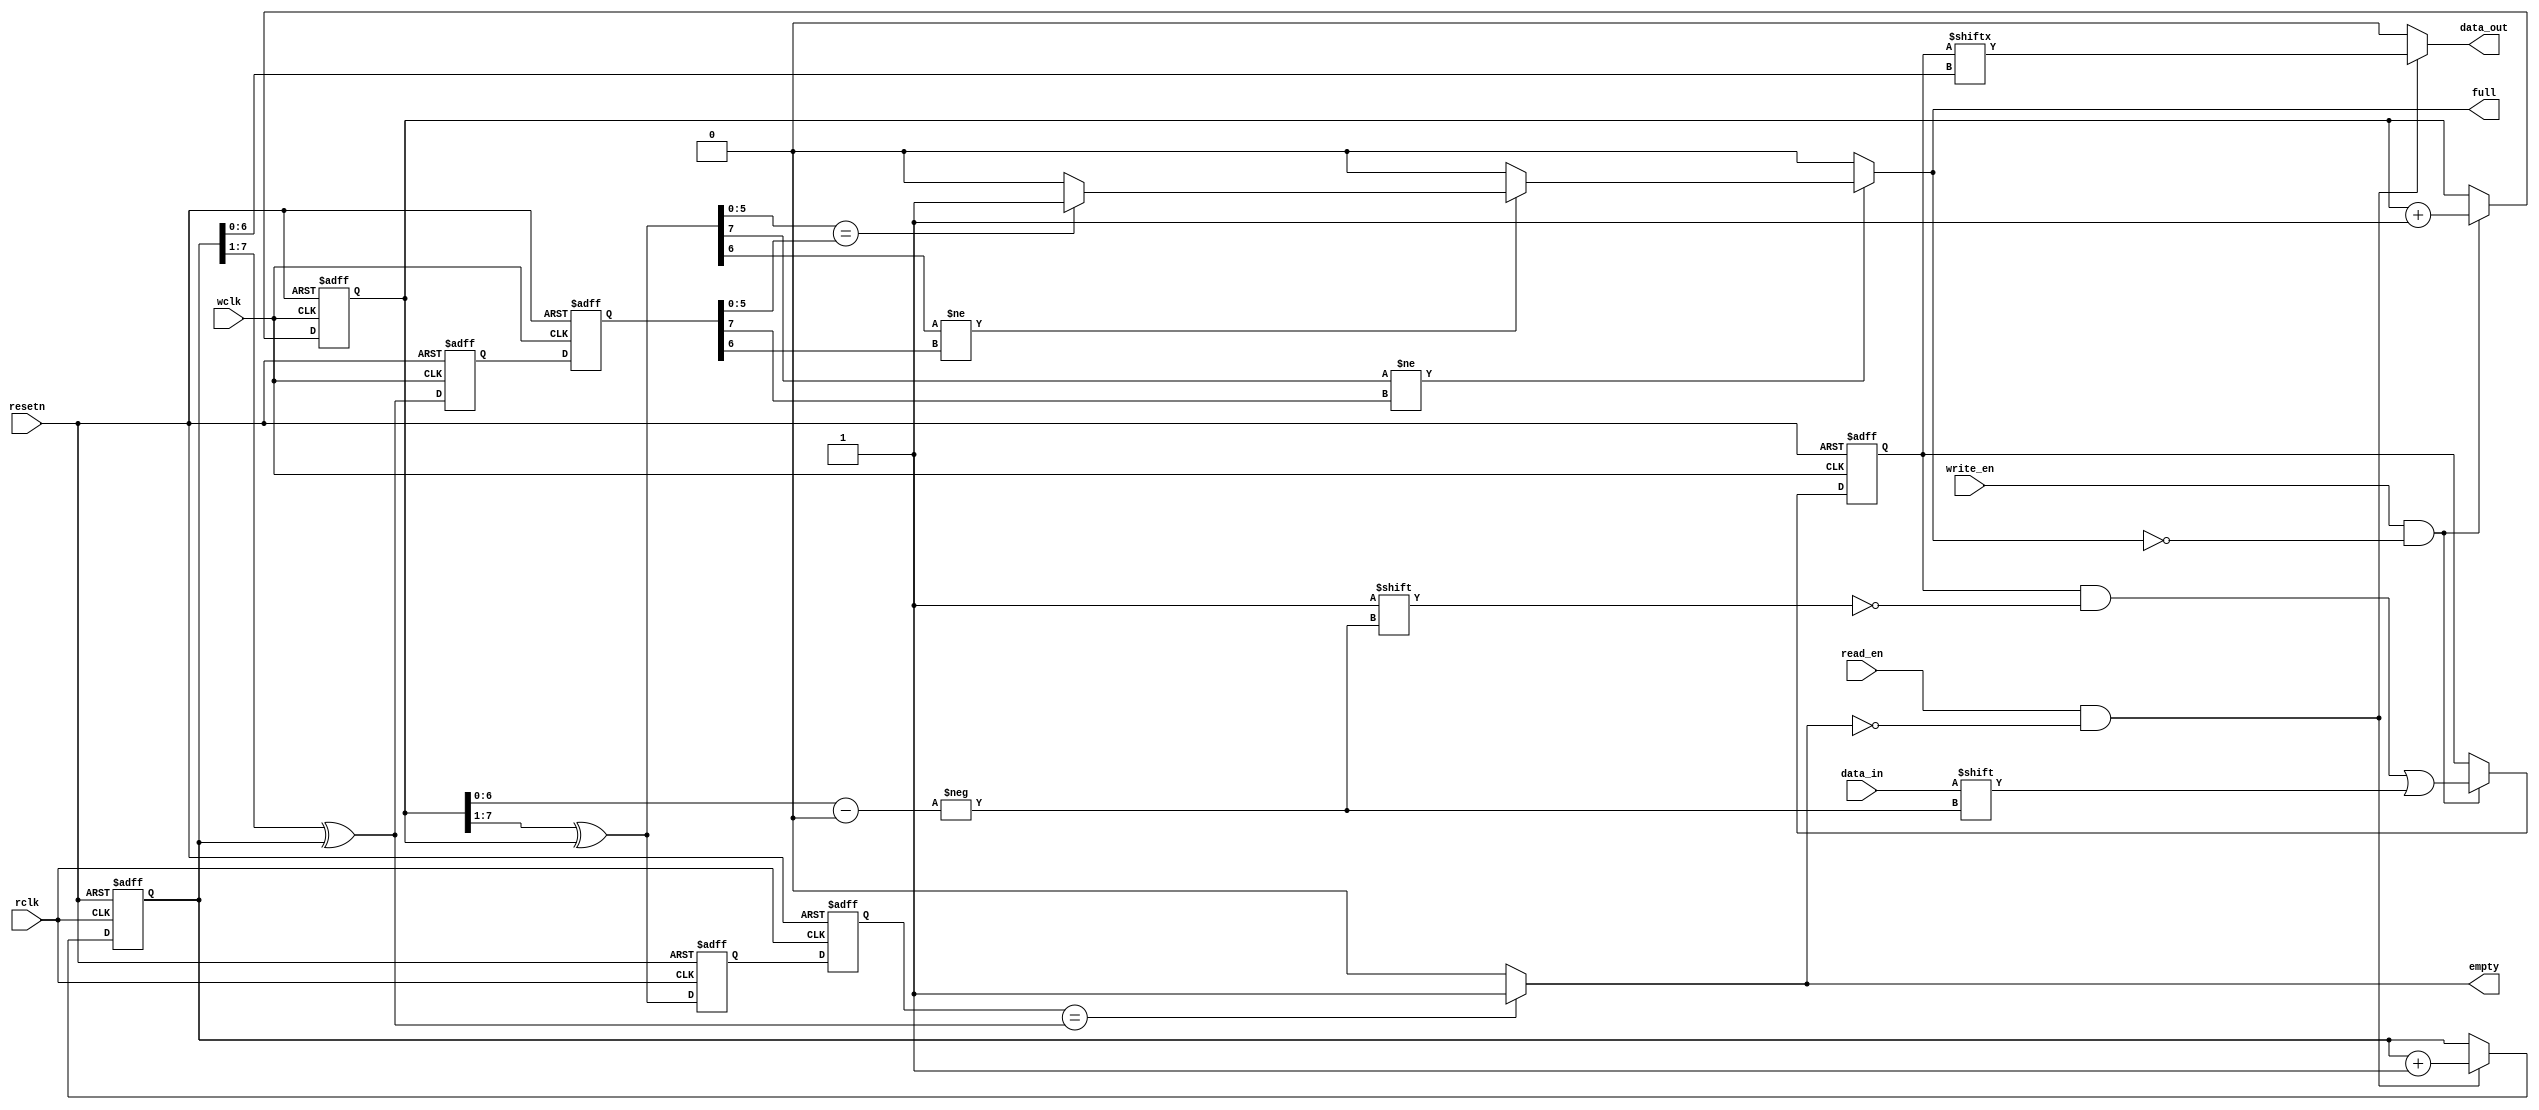
module write_fifo(
    input                   	wclk,
    input                   	rclk,
    input                   	resetn,
    input       		      	data_in,
    input                   	write_en,
    input                   	read_en,
    output      		      	data_out,
    output                  	full,
    output                  	empty
);
    reg     	[127:0]        	ram;
    reg     	[7:0]        	write_addr_wclk;
    reg     	[7:0]        	read_addr_rclk;

    wire    	[7:0]        	write_addr_gray_wclk;
    reg     	[7:0]        	write_addr_gray_rclk0;
    reg     	[7:0]        	write_addr_gray_rclk1;

    wire    	[7:0]        	read_addr_gray_rclk;
    reg     	[7:0]        	read_addr_gray_wclk0;
    reg     	[7:0]        	read_addr_gray_wclk1;

    always@(posedge wclk or negedge resetn)//write addr wclk operation
        if(!resetn)
            write_addr_wclk <= 8'b0;
        else if(write_en == 1'b1 && full != 1'b1)
            write_addr_wclk <= write_addr_wclk + 1'b1;
        else
            write_addr_wclk <= write_addr_wclk;
    
    always@(posedge rclk or negedge resetn)//read addr read operation
        if(!resetn)
            read_addr_rclk <= 8'b0;
        else if(read_en == 1'b1 && empty != 1'b1)
            read_addr_rclk <= read_addr_rclk + 1'b1;
        else
            read_addr_rclk <= read_addr_rclk;
    
    always@(posedge wclk or negedge resetn)//sync
        if(!resetn)begin
            read_addr_gray_wclk0 <= 8'b0;
            read_addr_gray_wclk1 <= 8'b0;
        end
        else begin
            read_addr_gray_wclk0 <= read_addr_gray_rclk;
            read_addr_gray_wclk1 <= read_addr_gray_wclk0;
        end
    
    always@(posedge rclk or negedge resetn)//sync
        if(!resetn)begin
            write_addr_gray_rclk0 <= 8'b0;
            write_addr_gray_rclk1 <= 8'b0;
        end
        else begin
            write_addr_gray_rclk0 <= write_addr_gray_wclk;
            write_addr_gray_rclk1 <= write_addr_gray_rclk0;
        end

    always@(posedge wclk or negedge resetn)//data out
		if(!resetn)
			ram <= 128'b0;
        else if(full == 1'b0 && write_en == 1'b1)
            ram[write_addr_wclk[6:0]] <= data_in;


    assign full = (write_addr_gray_wclk[7] != read_addr_gray_wclk1[7])?
                  (write_addr_gray_wclk[6] != read_addr_gray_wclk1[6])?
                  (write_addr_gray_wclk[5:0] == read_addr_gray_wclk1[5:0])?1'b1:1'b0:1'b0:1'b0;
    assign empty = (write_addr_gray_rclk1 == read_addr_gray_rclk)?1'b1:1'b0;
    
	assign data_out = ((read_en == 1'b1) && (empty != 1'b1))?ram[read_addr_rclk[6:0]]:31'b0;
    
	assign write_addr_gray_wclk = (write_addr_wclk>>1)^write_addr_wclk;
    assign read_addr_gray_rclk = (read_addr_rclk>>1)^read_addr_rclk;

endmodule